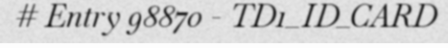
# Entry 98870 - TD1_ID_CARD